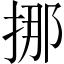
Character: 挪